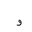
Letter: _waw